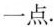
一点。